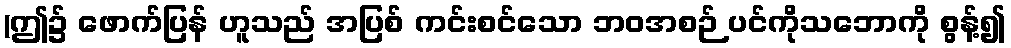
(ဤ၌ ဖောက်ပြန် ဟူသည် အပြစ် ကင်းစင်သော ဘဝအစဉ် ပင်ကိုသဘောကို စွန့်၍